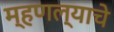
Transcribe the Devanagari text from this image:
म्हणल्याचे